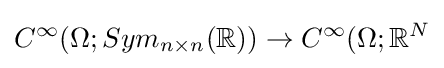
C^{\infty }(\Omega ;Sym_{n\times n}(\mathbb {R} ))\to C^{\infty }(\Omega ;\mathbb {R} ^{N}